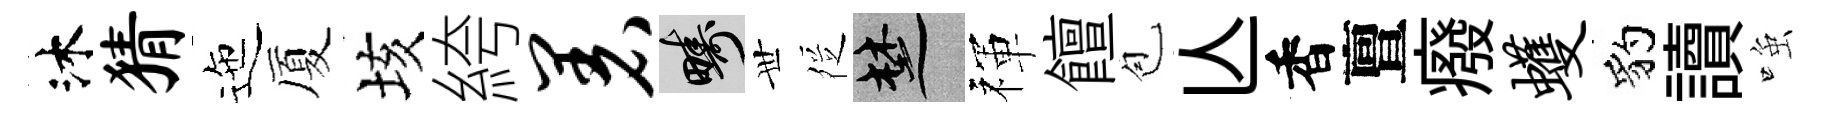
沐猜迤厦垓絝着疇𠀍徔楚禈饘苞亾香亶癈蠖豹讀𫪻